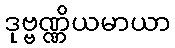
ဒုဗ္ဗဏ္ဏိယမာယာ